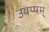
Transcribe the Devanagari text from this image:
उथप्पम्